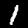
Label: 1